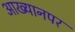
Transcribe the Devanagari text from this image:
आख्यानपर